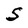
Character: S